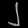
Digit: ၂